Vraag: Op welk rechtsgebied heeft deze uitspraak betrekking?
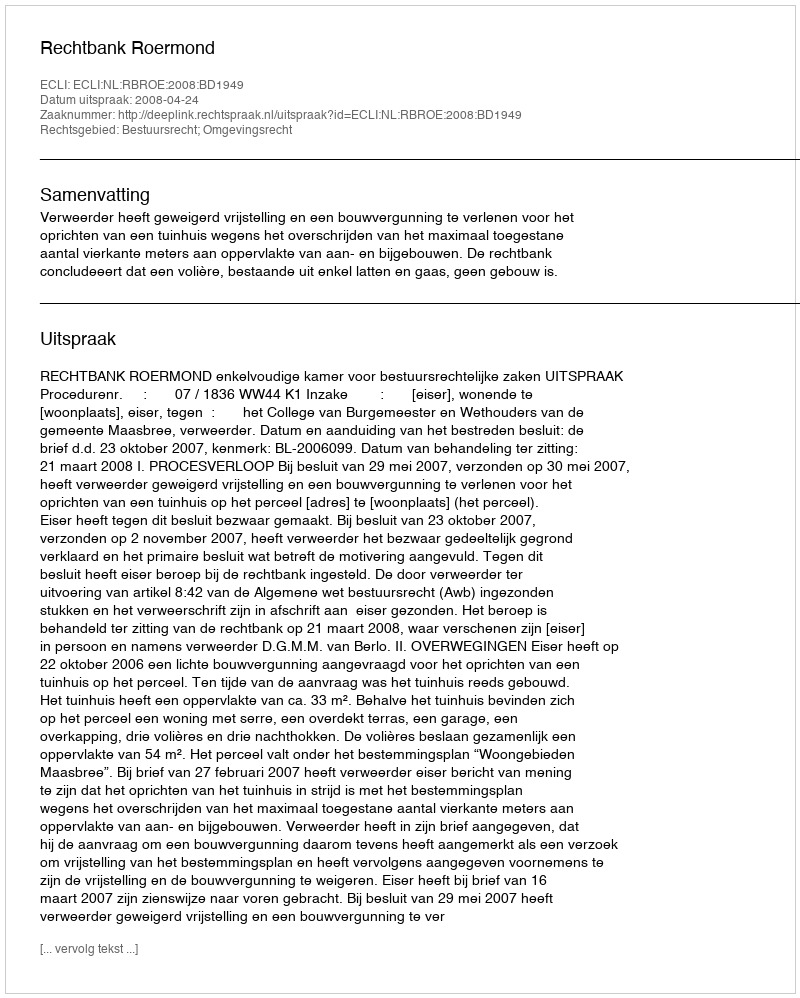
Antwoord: Bestuursrecht; Omgevingsrecht